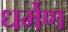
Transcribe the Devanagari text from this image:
धर्मेण